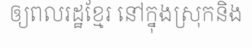
ឲ្យពលរដ្ឋខ្មែរ នៅក្នុងស្រុកនិង